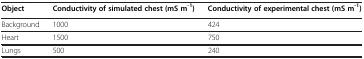
<table><thead><tr><td><b>Object</b></td><td><b>Conductivity of simulated chest (mS m<sup>-1</sup>)</b></td><td><b>Conductivity of experimental chest (mS m<sup>-1</sup>)</b></td></tr></thead><tbody><tr><td>Background</td><td>1000</td><td>424</td></tr><tr><td>Heart</td><td>1500</td><td>750</td></tr><tr><td>Lungs</td><td>500</td><td>240</td></tr></tbody></table>